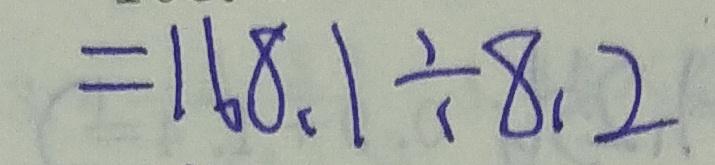
= 1 6 8 . 1 \div 8 . 2